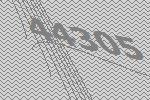
44305